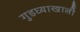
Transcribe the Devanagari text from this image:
गुडघ्याखालीं